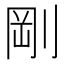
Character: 剛